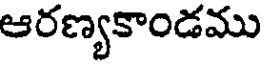
ఆరణ్యకాండము